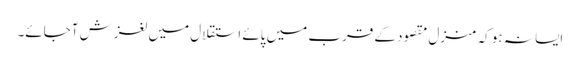
ایسا نہ ہو کہ منزل مقصود کے قرب میں پائے استقلال میں لغزش آجائے۔